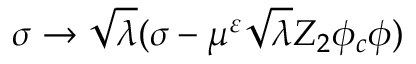
\sigma \rightarrow \sqrt { \lambda } ( \sigma - \mu ^ { \varepsilon } \sqrt { \lambda } Z _ { 2 } \phi _ { c } \phi )